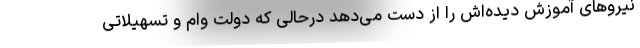
نیروهای آموزش دیده‌اش را از دست می‌دهد درحالی که دولت وام و تسهیلاتی